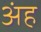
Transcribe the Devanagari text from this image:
अंह